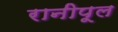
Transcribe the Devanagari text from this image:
रानीपूल